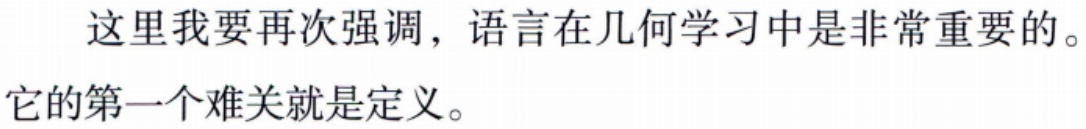
这里我要再次强调，语言在几何学习中是非常重要的。它的第一个难关就是定义。